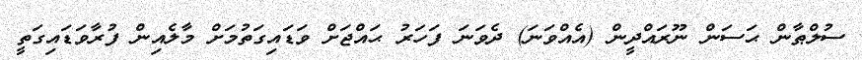
ސުލްޠާން ޙަސަން ނޫރައްދީން (އެއްވަނަ) ދެވަނަ ފަހަރު ޙައްޖަށް ވަޑައިގަތުމަށް މާލެއިން ފުރާވަޑައިގަތީ